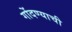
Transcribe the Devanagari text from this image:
गोंदण्याची